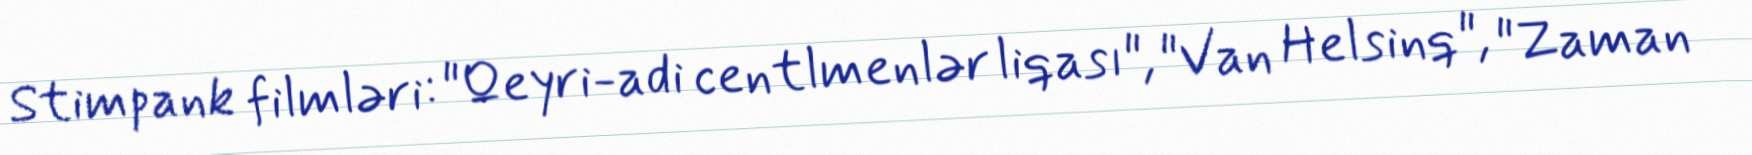
Stimpank filmləri: "Qeyri-adi centlmenlər liqası", "Van Helsinq", "Zaman